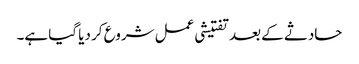
حادثے کے بعد تفتیشی عمل شروع کر دیا گیا ہے۔